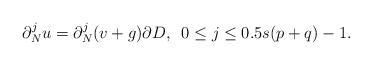
LaTeX: \begin{align*} \partial_N^ju =\partial_N^j(v + g) \partial D,\,\,\, 0 \leq j \leq 0.5s(p +q) -1. \end{align*}